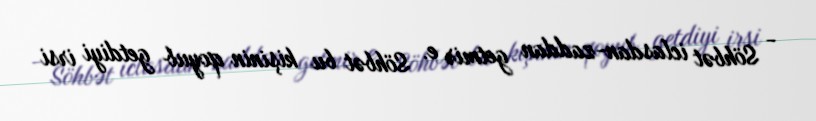
- Söhbət iclasdan-zaddan getmir e. Söhbət bu kişinin qoyub getdiyi irsi